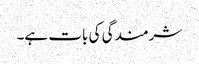
شرمندگی کی بات ہے۔